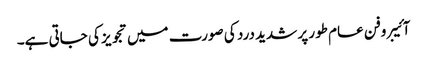
آئیبروفن عام طور پر شدید درد کی صورت میں تجویز کی جاتی ہے۔